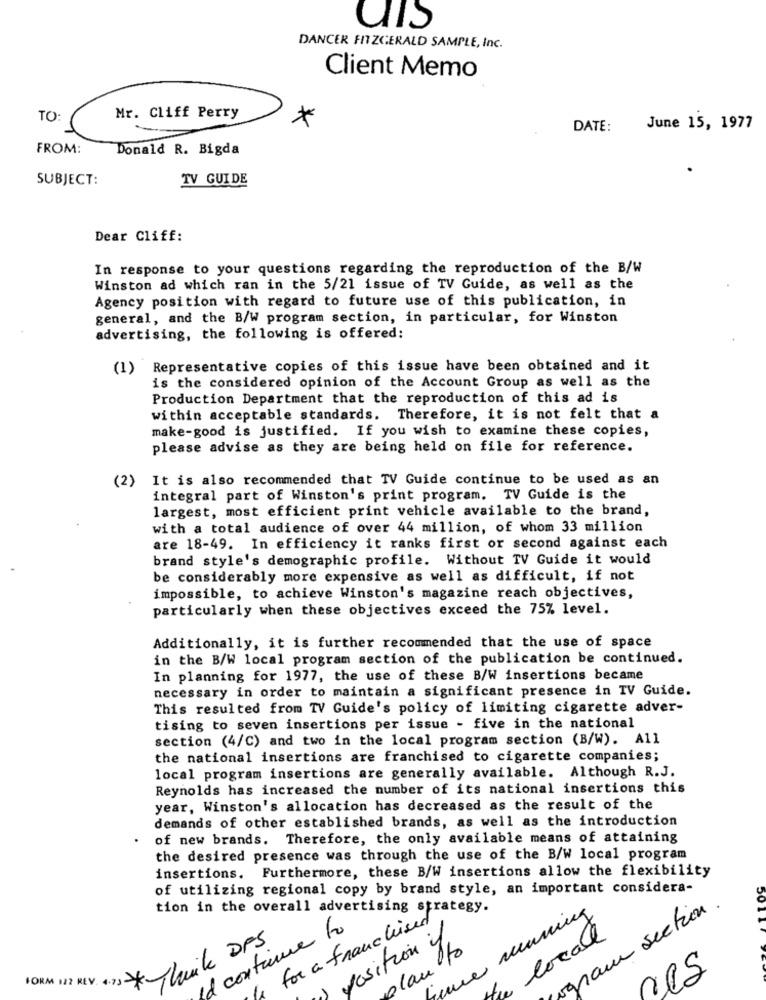
UIS
DANCER FITZGERALD SAMPLE, Inc.
Client Memo
TO:
Mr. Cliff Perry
*
DATE:
June 15, 1977
FROM:
Donald R. Bigda
SUBJECT:
TV GUIDE
Dear Cliff:
In response to your questions regarding the reproduction of the B/W
Winston ad which ran in the 5/21 issue of TV Guide, as well as the
Agency position with regard to future use of this publication, in
general, and the B/W program section, in particular, for Winston
advertising, the following is offered:
(1) Representative copies of this issue have been obtained and it
is the considered opinion of the Account Group as well as the
Production Department that the reproduction of this ad is
within acceptable standards. Therefore, it is not felt that a
make-good is justified. If you wish to examine these copies,
please advise as they are being held on file for reference.
(2)
It is also recommended that TV Guide continue to be used as an
integral part of Winston's print program. TV Guide is the
largest, most efficient print vehicle available to the brand,
with a total audience of over 44 million, of whom 33 million
are 18-49. In efficiency it ranks first or second against each
brand style's demographic profile. Without TV Guide it would
be considerably more expensive as well as difficult, if not
impossible, to achieve Winston's magazine reach objectives,
particularly when these objectives exceed the 75% level.
Additionally, it is further recommended that the use of space
in the B/W local program section of the publication be continued.
In planning for 1977, the use of these B/W insertions became
necessary in order to maintain a significant presence in TV Guide.
This resulted from TV Guide's policy of limiting cigarette adver-
tising to seven insertions per issue - five in the national
section (4/C) and two in the local program section (B/W). All
the national insertions are franchised to cigarette companies;
local program insertions are generally available. Although R.J.
Reynolds has increased the number of its national insertions this
year, Winston's allocation has decreased as the result of the
demands of other established brands, as well as the introduction
of new brands. Therefore, the only available means of attaining
the desired presence was through the use of the B/W local program
insertions. Furthermore, these B/W insertions allow the flexibility
of utilizing regional copy by brand style, an important considera-
tion in the overall advertising strategy.
running
am section .
for a franchised
continue to
local
nike DFS
position if
plan
FORM 122 REV. 4.737